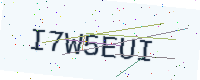
Text: I7W5EUI